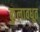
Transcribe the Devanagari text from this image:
कुलावधूत